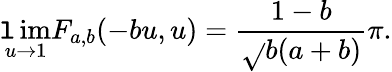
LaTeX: \operatorname*{\mathtt{l}im}_{u\to1}F_{a,b}(-bu,u)=\frac{{1-b}}{{\sqrt{}{{b(a+b)}}}}\pi.